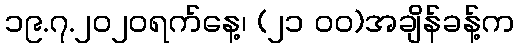
၁၉.၇.၂၀၂၀ရက်နေ့၊ (၂၁ ၀၀)အချိန်ခန့်က